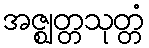
အဇ္ဈတ္တသုတ္တံ